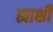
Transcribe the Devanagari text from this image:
ह्याशी